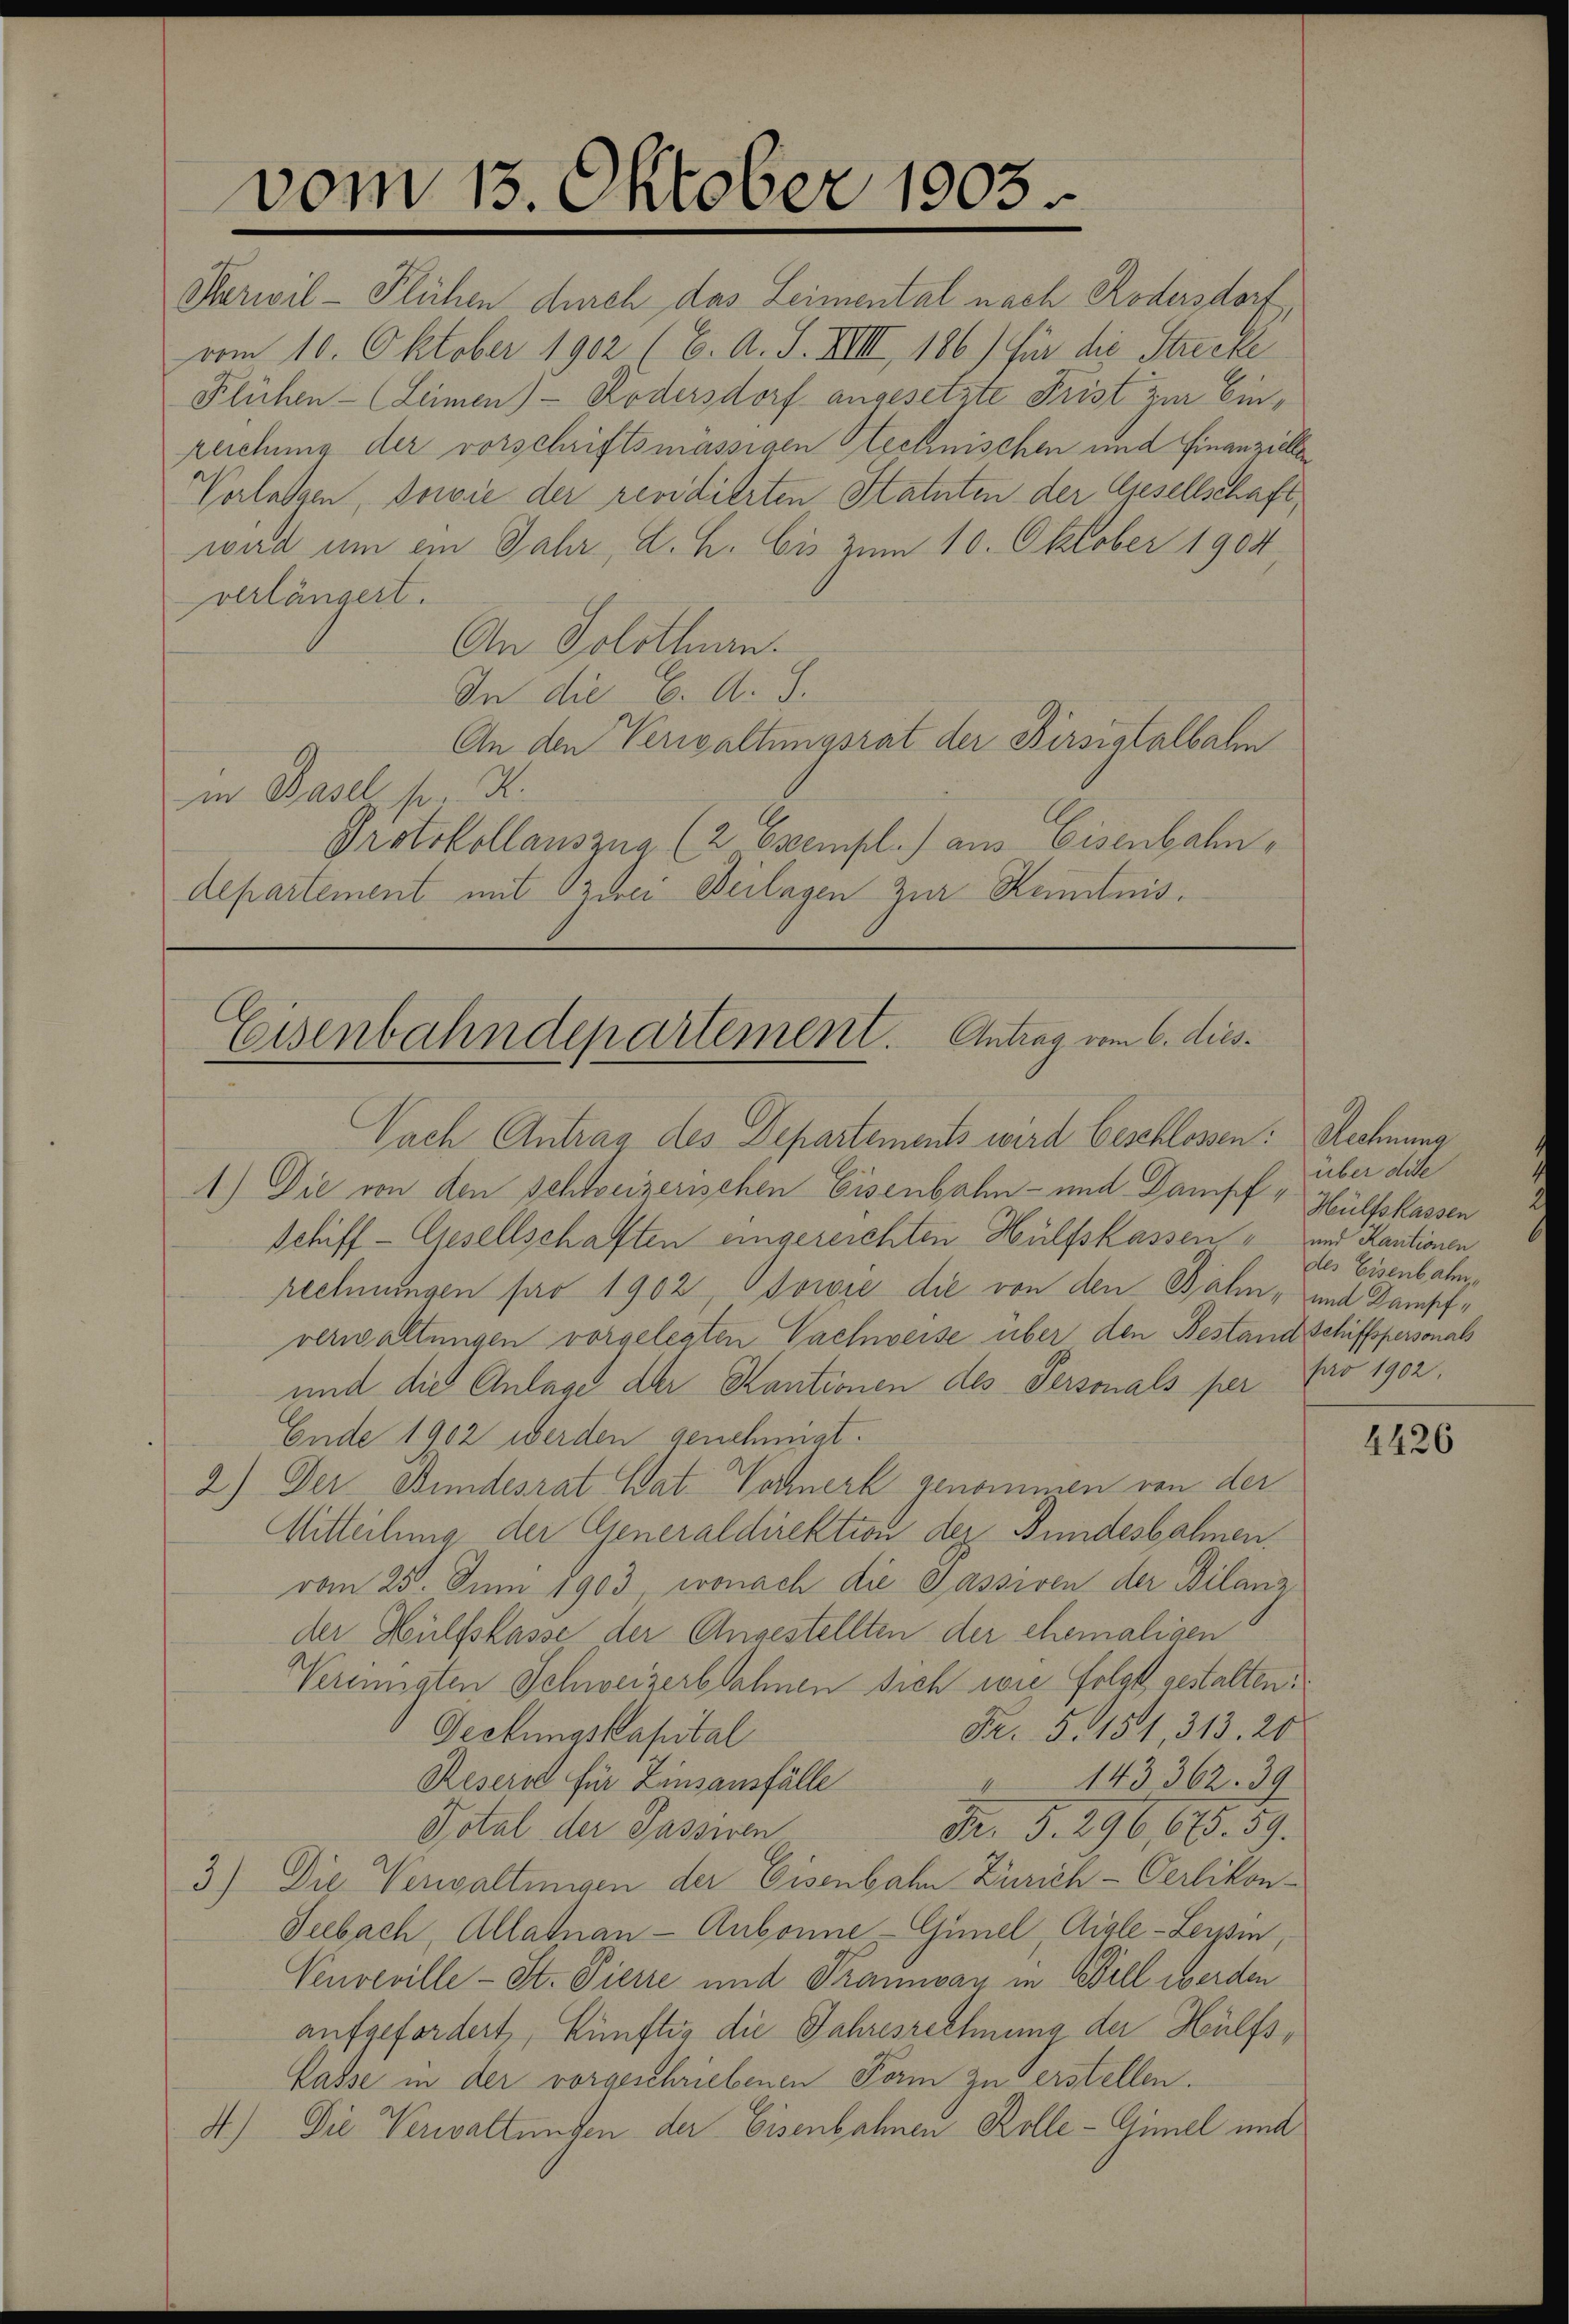
vom 15. Oktober 1803

Parwil - Flüchen durch das Leimental nach Rodersdorf,
vom 10. Oktober 1902 (C. A. S. XVIII, 186) für die Strecke
Flühen - (Leimen) - Rodersdorf angesetzte Frist zur Einzeichung der vorschriftsmässigen Stechnischen und Finanzielle
Vorlagen, sowie der revidierten Statuten der Gesellschaft
wird um ein Jahr, d. h. bis zum 10. Oktober 1904,
verlängert.
An Solothurn.
In die C. A. S.
An den Verwaltungsrat der Birsiatalbalm
in Basel pr. K.
Protokollauszug (2 Exempl.) aus Eisenbahn
departement mit zwei Beilagen zur Kenntnis¬

Eisenbahndepartement. Antrag vom 6. dies¬

Nach Antrag des Departements wird beschlossen: Rechnung
1.) Die von den schweizerischen Eisenbahn- und Dampf " Hülfskassen
Schiff- Gesellschaften eingereichten Hülfskassen und Kautionen
rechnungen pro 1902, sowie die von den Bahn, und Dampfverwaltungen vorgelegten Vachweise über den Bestand Schiffspersonals
und die Anlage der Kantionen des Personals per pro 1902.
Ende 1902 werden genehmigt.
2.) Der Bundesrat Wat-Vochnerk genommen von der
Mitteilung der Generaldirektion der Bundesbahnen.
vom 25. Juni 1903, wonach die Passiven der Bilanz
der Hülfslasse der Angestellten der ehemaligen
Vereinigten Schweizerbahnen sich wie folge gestalten.
Fr. 5. 151, 313. 26
Gechungskapital
Resers für Zinsamsfälle
143362. 39
Fr. 5. 296,685. 59.
Total der Passiven
3) Die Verwaltungen der Eisenbahn Zürich-Oerlikon-
Seebach, Allalnan - Aubonne, Günel, Aigle - Leysin,
Veuveville - St. Pierre und Traunvan in Biel werden
aufgefordert, künftig die Jahresrechnung der Hülfs¬
Kasse in der vorgeschriebenen Form zu erstellen.
4.) Die Verwaltungen der Eisenbahnen Kolle-Gimel und

über die
des Eisenbahn

4426